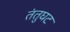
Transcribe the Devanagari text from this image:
तंतुघट